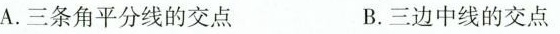
A.三条角平分线的交点 B.三边中线的交点